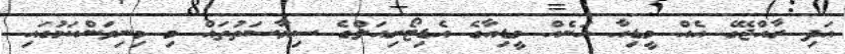
އަދި ރާއްޖޭގެ އެއް މީޑިއާ އަނެއް މީޑިއާގެ އެޑިޓޯރިއަލްގެ ސިޔާސަތުތައް މި މިނިވަންކަމުގައި